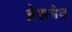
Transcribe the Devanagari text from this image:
ब्रेझनेव